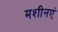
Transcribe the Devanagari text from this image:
मशीनएं